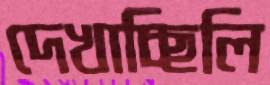
দেখাচ্ছিলি